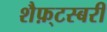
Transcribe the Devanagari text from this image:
शैफ़्टस्बरी